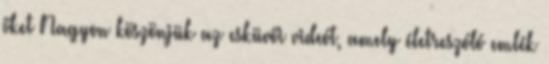
őket Nagyon köszönjük az esküvői videót, amely életreszóló emlék